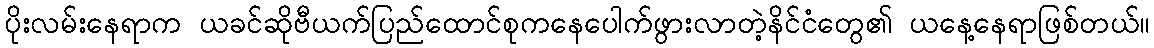
ပိုးလမ်းနေရာက ယခင်ဆိုဗီယက်ပြည်ထောင်စုကနေပေါက်ဖွားလာတဲ့နိင်ငံတွေ၏ ယနေ့နေရာဖြစ်တယ်။